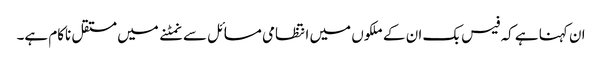
ان کہنا ہے کہ فیس بک ان کے ملکوں میں انتظامی مسائل سے نمٹنے میں مستقل ناکام ہے۔